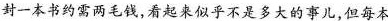
封一本书约需两毛钱，看起来似乎不是多大的事儿，但每本